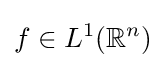
f\in L^{1}(\mathbb {R} ^{n})